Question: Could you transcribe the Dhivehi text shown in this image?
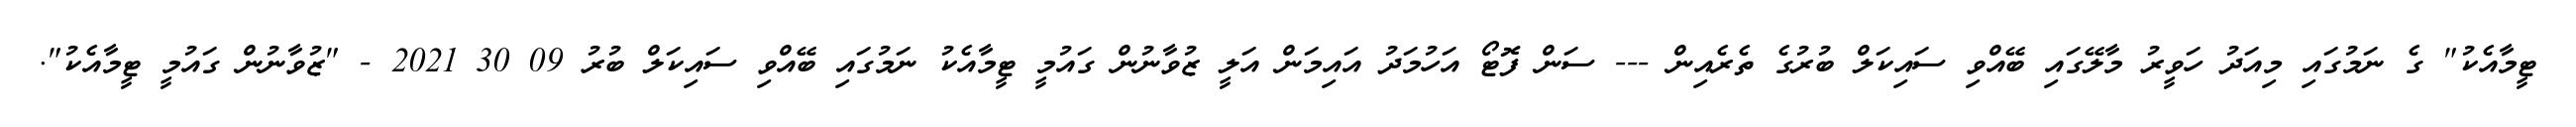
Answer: ޓީމާއެކު" ގެ ނަމުގައި މިއަދު ހަވީރު މާލޭގައި ބޭއްވި ސައިކަލް ބުރުގެ ތެރެއިން --- ސަން ފޮޓޯ އަހުމަދު އައިމަން އަލީ ޒުވާނުން ގައުމީ ޓީމާއެކު ނަމުގައި ބޭއްވި ސައިކަލް ބުރު 09 30 2021 - "ޒުވާނުން ގައުމީ ޓީމާއެކު".